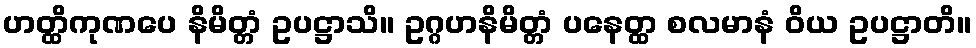
ဟတ္ထိကုဏပေ နိမိတ္တံ ဥပဋ္ဌာသိ။ ဥဂ္ဂဟနိမိတ္တံ ပနေတ္ထ စလမာနံ ဝိယ ဥပဋ္ဌာတိ။